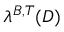
\lambda ^ { B , T } ( D )